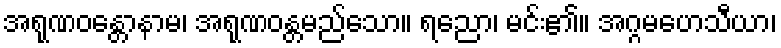
အရုဏဝန္တောနာမ၊ အရုဏဝန္တမည်သော။ ရညော၊ မင်း၏။ အဂ္ဂမဟေသီယာ၊